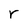
Character: r